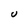
Character: U